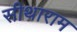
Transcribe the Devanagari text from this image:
सीथाराम